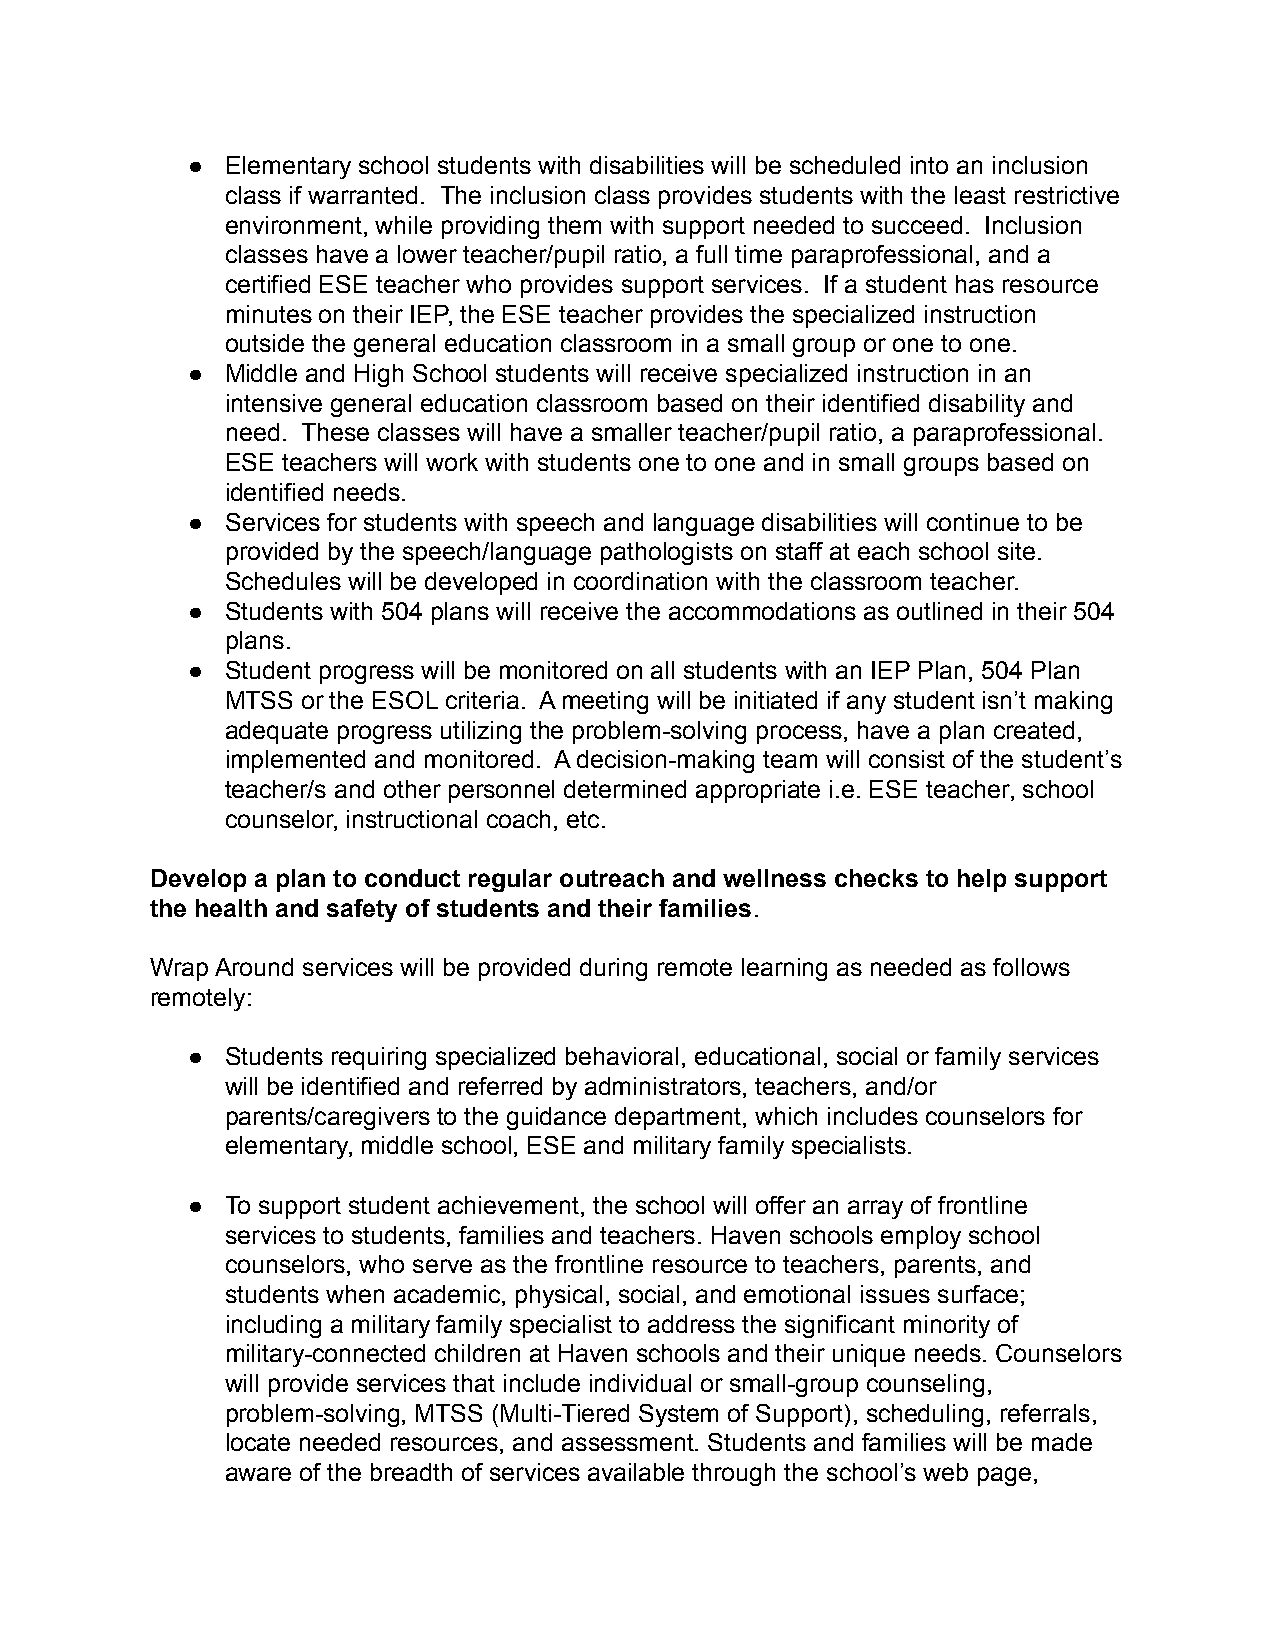
●  Elementary school students with disabilities will be scheduled into an inclusion
 class if warranted. The inclusion class provides students with the least restrictive
 environment, while providing them with support needed to succeed. Inclusion
 classes have a lower teacher/pupil ratio, a full time paraprofessional, and a
 certified ESE teacher who provides support services. If a student has resource
 minutes on their IEP, the ESE teacher provides the specialized instruction
 outside the general education classroom in a small group or one to one.
 ●  Middle and High School students will receive specialized instruction in an
 intensive general education classroom based on their identified disability and
 need. These classes will have a smaller teacher/pupil ratio, a paraprofessional.
 ESE teachers will work with students one to one and in small groups based on
 identified needs.
 ●  Services for students with speech and language disabilities will continue to be
 provided by the speech/language pathologists on staff at each school site.
 Schedules will be developed in coordination with the classroom teacher.
 ●  Students with 504 plans will receive the accommodations as outlined in their 504
 plans.
 ●  Student progress will be monitored on all students with an IEP Plan, 504 Plan
 MTSS or the ESOL criteria. A meeting will be initiated if any student isn’t making
 adequate progress utilizing the problem-solving process, have a plan created,
 implemented and monitored. A decision-making team will consist of the student’s
 teacher/s and other personnel determined appropriate i.e. ESE teacher, school
 counselor, instructional coach, etc.
 Develop a plan to conduct regular outreach and wellness checks to help support
 the health and safety of students and their families.
 Wrap Around services will be provided during remote learning as needed as follows
 remotely:
 ●  Students requiring specialized behavioral, educational, social or family services
 will be identified and referred by administrators, teachers, and/or
 parents/caregivers to the guidance department, which includes counselors for
 elementary, middle school, ESE and military family specialists.
 ●  To support student achievement, the school will offer an array of frontline
 services to students, families and teachers. Haven schools employ school
 counselors, who serve as the frontline resource to teachers, parents, and
 students when academic, physical, social, and emotional issues surface;
 including a military family specialist to address the significant minority of
 military-connected children at Haven schools and their unique needs. Counselors
 will provide services that include individual or small-group counseling,
 problem-solving, MTSS (Multi-Tiered System of Support), scheduling, referrals,
 locate needed resources, and assessment. Students and families will be made
 aware of the breadth of services available through the school’s web page,